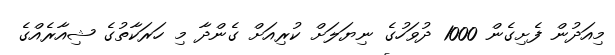
މިއަދުން ފެށިގެން 1000 ދުވަހުގެ ނިޔަލަށް ކުރިއަށް ގެންދާ މި ހަރަކާތުގެ ޝިއާރެއްގެ